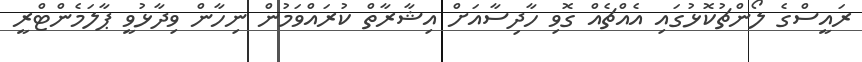
ރައީސްގެ ލޯންޗުކޮޅުގައި އެއްޗެއް ގޮވި ހާދިސާއަށް އިޝާރާތް ކުރައްވަމުން ނިހާން ވިދާޅުވީ ޕާލަމެންޓްރީ